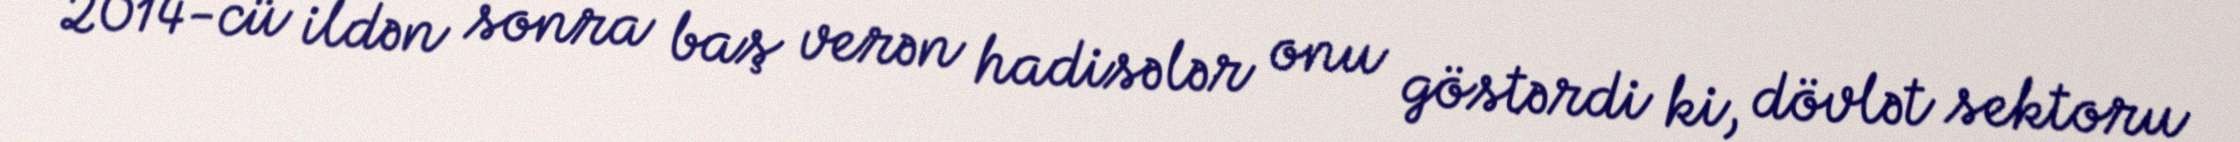
2014-cü ildən sonra baş verən hadisələr onu göstərdi ki, dövlət sektoru